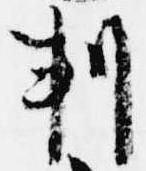
判